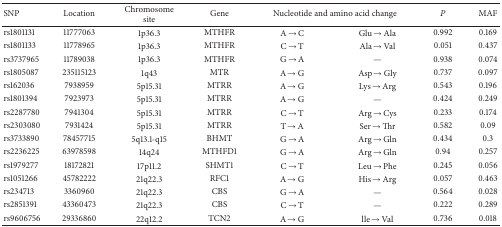
| SNP | Location | Chromosome site | Gene | <COLSPAN=2> Nucleotide and amino acid change | P | MAF |
 | --- | --- | --- | --- | --- | --- | --- | --- |
 | rs1801131 | 11777063 | 1p36.3 | MTHFR | A→C | Glu→Ala | 0.992 | 0.169 |
 | rs1801133 | 11778965 | 1p36.3 | MTHFR | C→T | Ala→Val | 0.051 | 0.437 |
 | rs3737965 | 11789038 | 1p36.3 | MTHFR | G→A | — | 0.938 | 0.074 |
 | rs1805087 | 235115123 | 1q43 | MTR | A→G | Asp→Gly | 0.737 | 0.097 |
 | rs162036 | 7938959 | 5p15.31 | MTRR | A→G | Lys→Arg | 0.543 | 0.196 |
 | rs1801394 | 7923973 | 5p15.31 | MTRR | A→G | — | 0.424 | 0.249 |
 | rs2287780 | 7941304 | 5p15.31 | MTRR | C→T | Arg→Cys | 0.233 | 0.174 |
 | rs2303080 | 7931424 | 5p15.31 | MTRR | T→A | Ser→Thr | 0.582 | 0.09 |
 | rs3733890 | 78457715 | 5q13.1-q15 | BHMT | G→A | Arg→Gln | 0.434 | 0.3 |
 | rs2236225 | 63978598 | 14q24 | MTHFD1 | G→A | Arg→Gln | 0.94 | 0.257 |
 | rs1979277 | 18172821 | 17p11.2 | SHMT1 | C→T | Leu→Phe | 0.245 | 0.056 |
 | rs1051266 | 45782222 | 21q22.3 | RFC1 | A→G | His→Arg | 0.057 | 0.463 |
 | rs234713 | 3360960 | 21q22.3 | CBS | G→A | — | 0.564 | 0.028 |
 | rs2851391 | 43360473 | 21q22.3 | CBS | C→T | — | 0.222 | 0.289 |
 | rs9606756 | 29336860 | 22q12.2 | TCN2 | A→G | lle→Val | 0.736 | 0.018 |